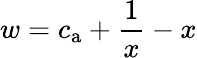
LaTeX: {w=c_{\mathrm{a}}+\frac{1}{x}-x}